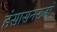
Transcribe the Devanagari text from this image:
हंसासनरूढां